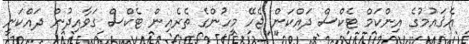
އެޤައުމުގެ އިންކަމް ޓެކްސް ދައްކަން ޖެހޭ މީހުންގެ ތެރެއިން ޓެކްސް ގަވާއިދުން ދައްކަނީ